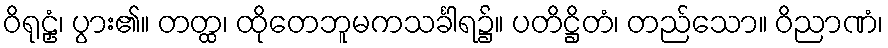
ဝိရုဠှံ၊ ပွား၏။ တတ္ထ၊ ထိုတေဘူမကသင်္ခါရ၌။ ပတိဋ္ဌိတံ၊ တည်သော။ ဝိညာဏံ၊